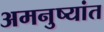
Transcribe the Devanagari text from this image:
अमनुष्यांत